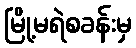
မြို့မရဲစခန်းမှ